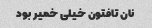
نان تافتون خیلی خمیر بود